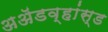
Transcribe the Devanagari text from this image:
अॲडव्हांस्ड